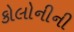
કોલોનીની